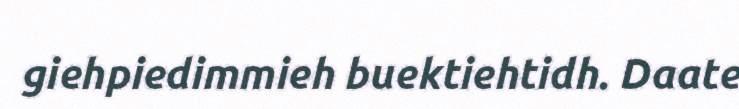
giehpiedimmieh buektiehtidh. Daate